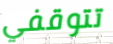
تتوقفي